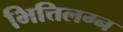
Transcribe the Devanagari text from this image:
भित्तिलग्न